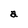
Character: a